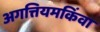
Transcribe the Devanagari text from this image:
अगत्तियमकिंवा